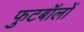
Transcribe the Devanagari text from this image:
फुटबॉलों